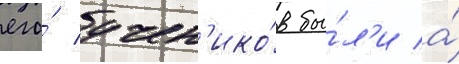
его́ учен'ико́в бы́л'и а́